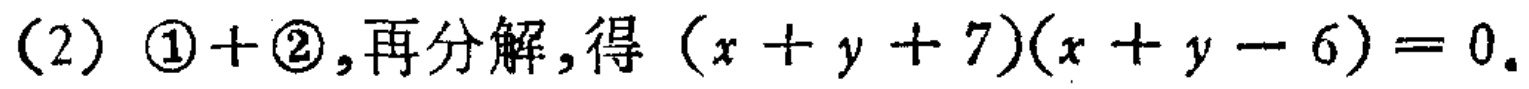
(2) \textcircled{1}+\textcircled{2},再分解,得 \((x + y + 7)(x + y - 6)=0\).